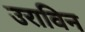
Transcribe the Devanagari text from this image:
उराविन